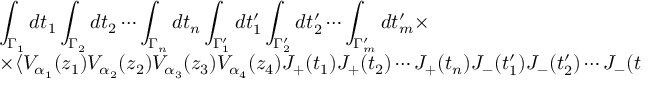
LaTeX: \begin{array} { r c l } { { } } & { { } } & { { \displaystyle \int _ { \Gamma _ { 1 } } d t _ { 1 } \int _ { \Gamma _ { 2 } } d t _ { 2 } \cdots \int _ { \Gamma _ { n } } d t _ { n } \int _ { \Gamma _ { 1 } ^ { \prime } } d t _ { 1 } ^ { \prime } \int _ { \Gamma _ { 2 } ^ { \prime } } d t _ { 2 } ^ { \prime } \cdots \int _ { \Gamma _ { m } ^ { \prime } } d t _ { m } ^ { \prime } \times } } \\ { { } } & { { } } & { { \times \langle V _ { \alpha _ { 1 } } ( z _ { 1 } ) V _ { \alpha _ { 2 } } ( z _ { 2 } ) V _ { \alpha _ { 3 } } ( z _ { 3 } ) V _ { \alpha _ { 4 } } ( z _ { 4 } ) J _ { + } ( t _ { 1 } ) J _ { + } ( t _ { 2 } ) \cdots J _ { + } ( t _ { n } ) J _ { - } ( t _ { 1 } ^ { \prime } ) J _ { - } ( t _ { 2 } ^ { \prime } ) \cdots J _ { - } ( t _ { m } ^ { \prime } ) \rangle ~ . } } \end{array}